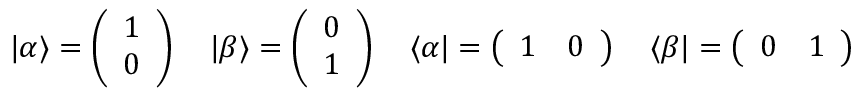
| \alpha \rangle = \left( \begin{array} { l } { 1 } \\ { 0 } \end{array} \right) \quad | \beta \rangle = \left( \begin{array} { l } { 0 } \\ { 1 } \end{array} \right) \quad \langle \alpha | = \left( \begin{array} { l l } { 1 } & { 0 } \end{array} \right) \quad \langle \beta | = \left( \begin{array} { l l } { 0 } & { 1 } \end{array} \right)